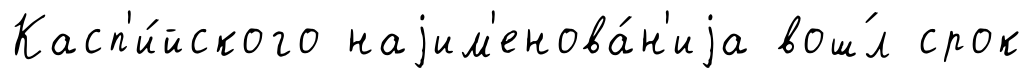
Касп'и́йского наjим'енова́н'иjа вош́л срок